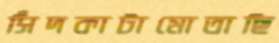
সিঁদকাটামোতাছি